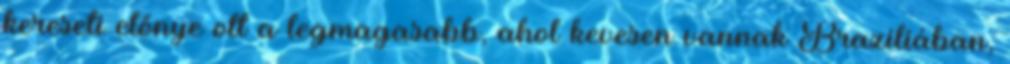
kereseti előnye ott a legmagasabb, ahol kevesen vannak Brazíliában,